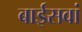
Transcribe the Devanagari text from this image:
बाईसवां